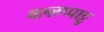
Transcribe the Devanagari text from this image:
वल्लप्पाट्टु